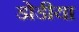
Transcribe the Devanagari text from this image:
डोडीया